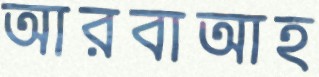
আরবাআহ